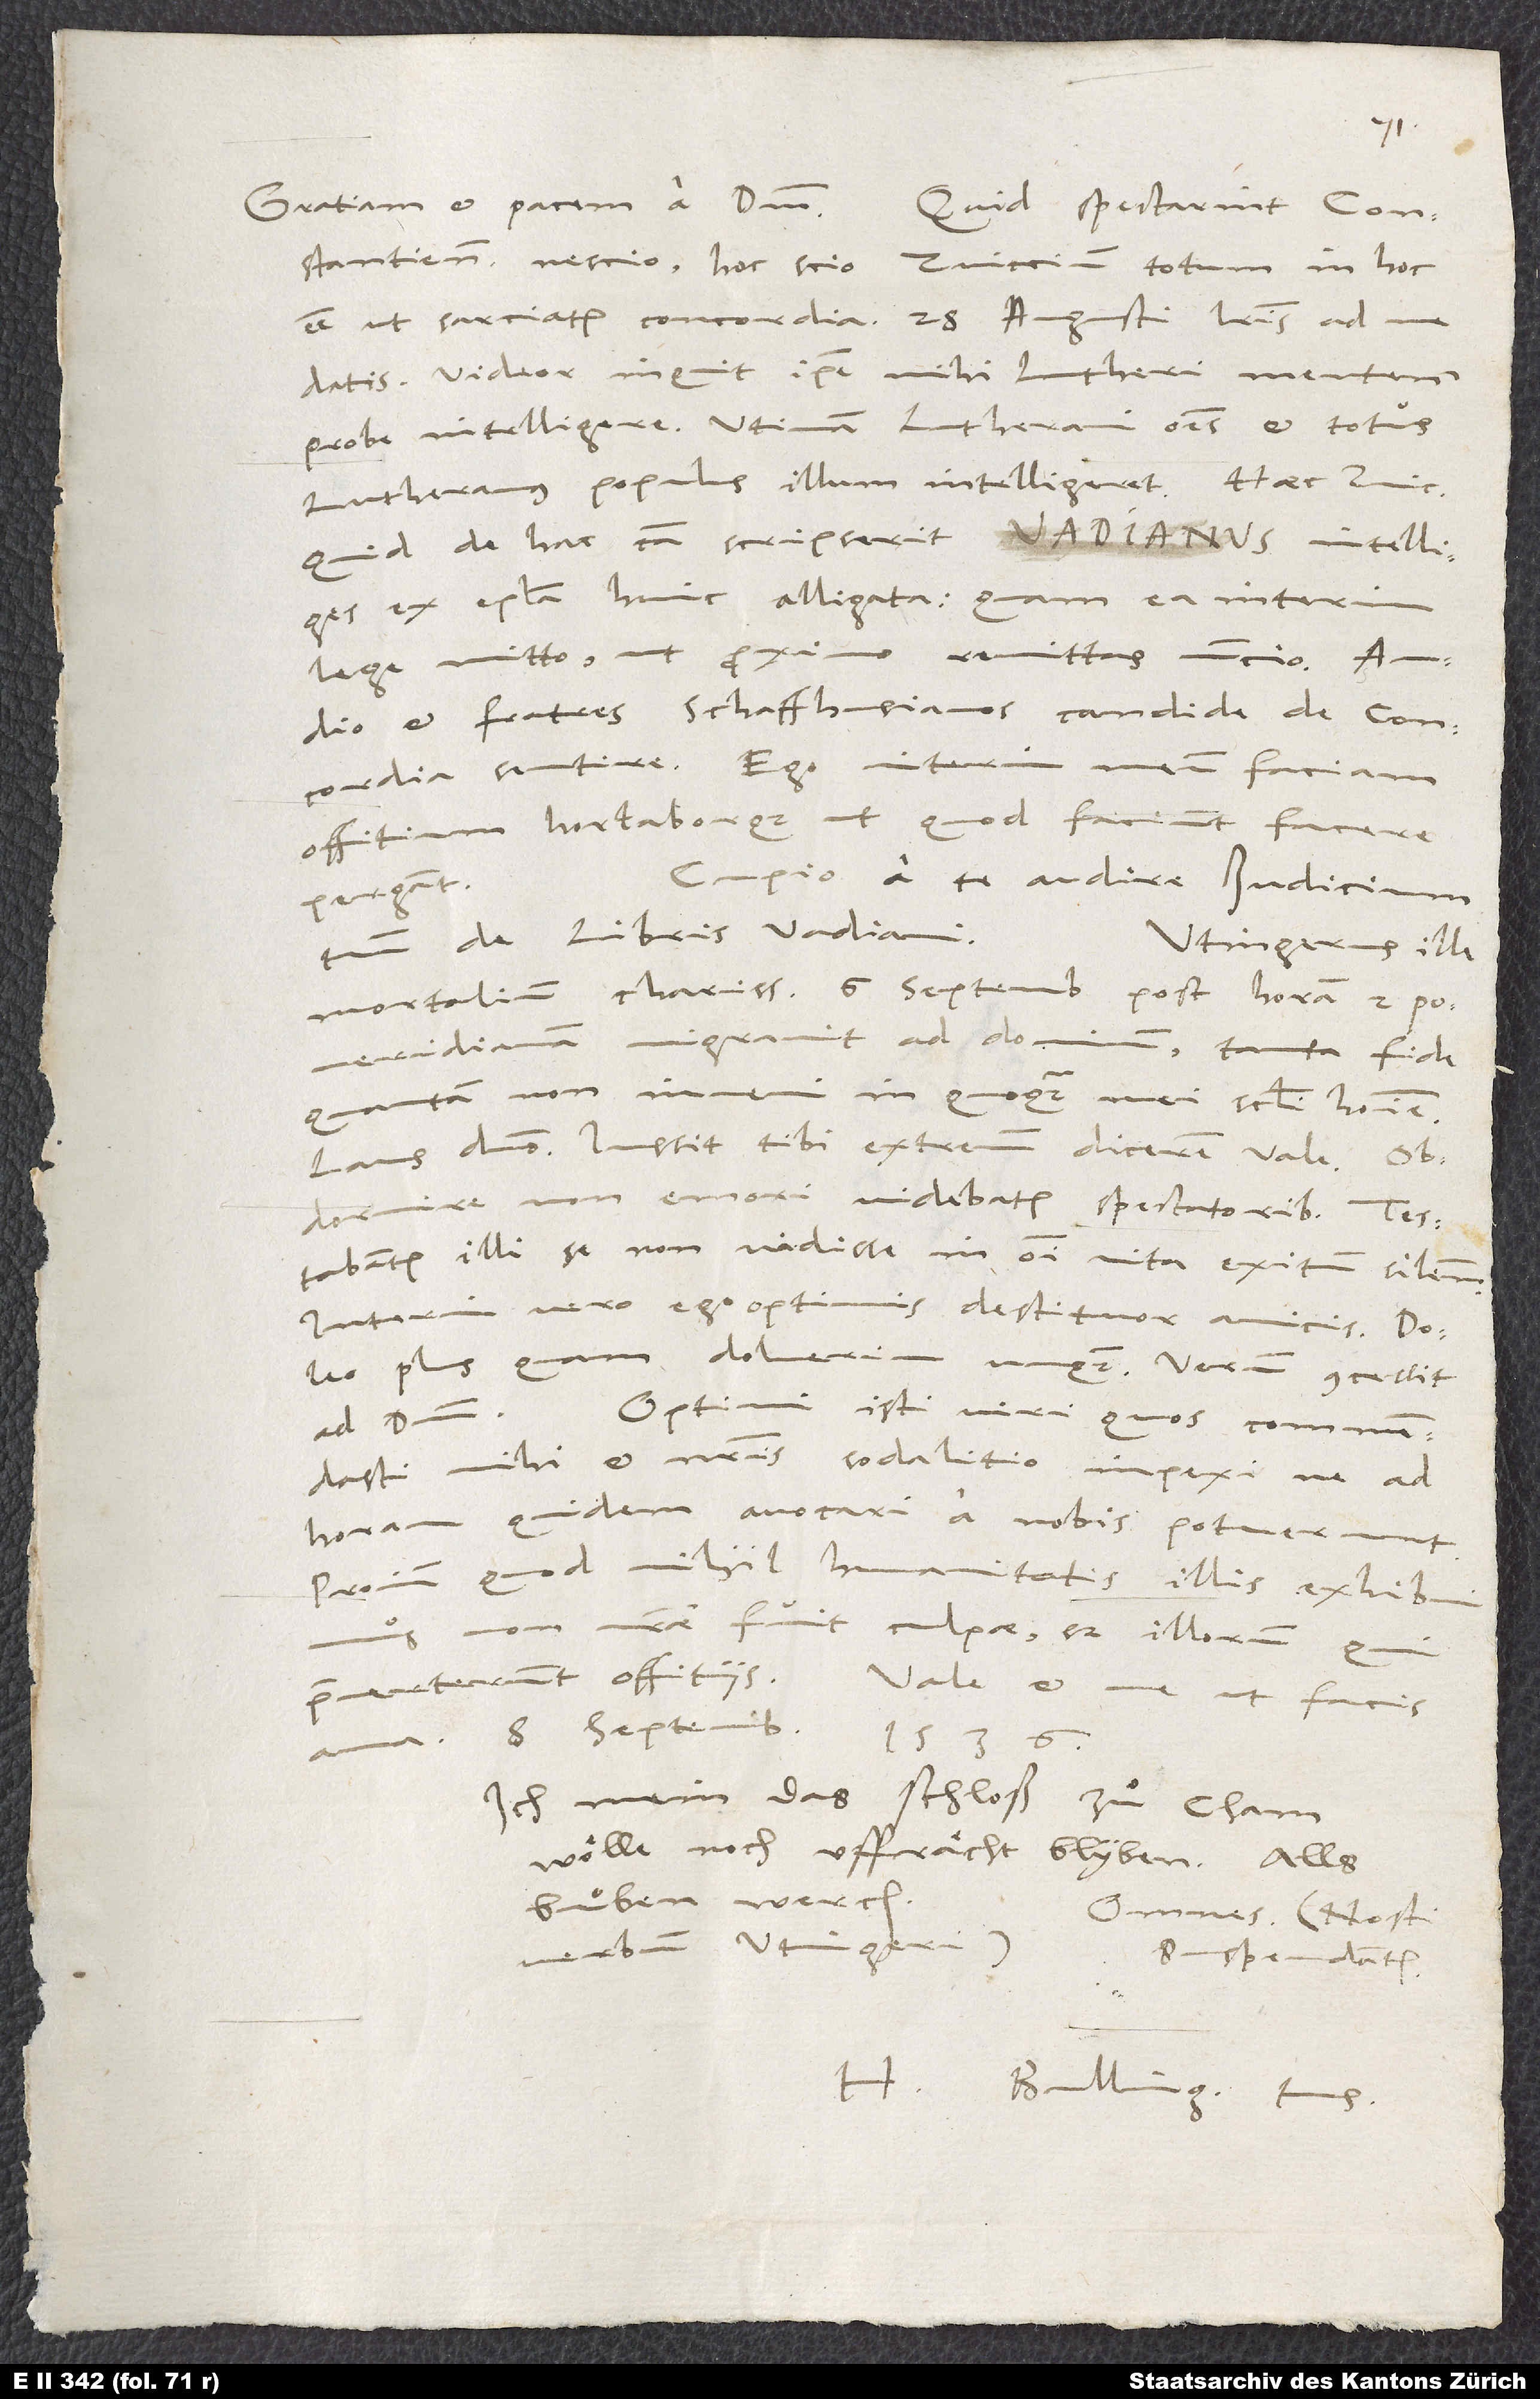
Constantienses, nescio. Hoc scio, Zviccium totum in hoc
esse, ut sarciatur concordia. 28. augusti literis ad me
"Videor" inquit "ipse mihi Lutheri mentem
probe intelligere. Utinam Lutherani omnes et totus
Lutheranus populus illum intelligeret!" Haec Zviccius.
Quid de hac causa scripserit Vadianus, intelliges
ex epistola huic alligata. Quam ea interim
lege mitto, ut proximo remittas nuncio. Audio
et fratres Schaffhusianos candide de concordia
sentire. Ego interim meum faciam
offitium hortaborque, ut, quod faciunt, facere
Cupio a te audire iudicium
pergant.
tuum de libris Vadiani.
Utingerus ille
mortalium charissimus 6. septembris post horam 2.
pomeridianam migravit ad dominum tanta fide,
quantam non inveni in quoquam mei saeculi homine.
Laus domino. Iussit tibi extremum dicere vale.
Obdormire, non emori videbatur spectatoribus. Testabantur
illi se non vidisse in omni vita exitum similem.
Interim vero ego optimis destituor amicis. Doleo
plus quam doluerim unquam. Verum concessit
Optimi isti viri, quos commendasti
mihi et nostris, sodalitio inpexi ne ad
horam quidem avocari a nobis potuerunt.
Proinde, quod nihil humanitatis illis exhibuimus,
nostrae fuit culpae, sed illorum, qui
8. septembris 1536.
Ich mein, das schloss zu Cham
wölle noch uffrächt blyben. Alls
buͦben werch!
Omnes (nosti
verbum Utingeri) suspendantur.
H. Bulling. tuus.